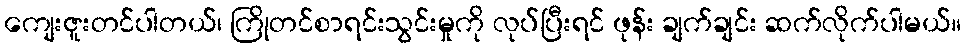
ကျေးဇူးတင်ပါတယ်၊ ကြိုတင်စာရင်းသွင်းမှုကို လုပ်ပြီးရင် ဖုန်း ချက်ချင်း ဆက်လိုက်ပါမယ်။